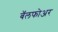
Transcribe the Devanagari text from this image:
बॅलफोअर